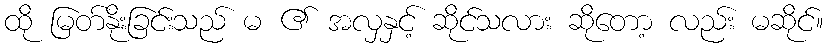
ထို မြတ်နိုးခြင်းသည် မ ၏ အလှနှင့် ဆိုင်သလား ဆိုတော့ လည်း မဆိုင်။